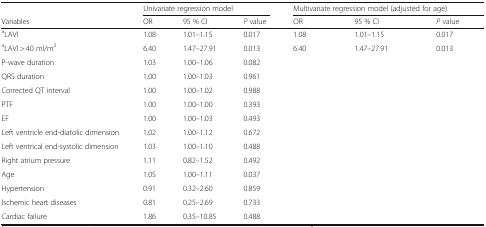
|  | <COLSPAN=3> Univariate regression model | <COLSPAN=3> Multivariate regression model (adjusted for age) |
 | Variables | OR | 95 % CI | P value | OR | 95 % CI | P value |
 | --- | --- | --- | --- | --- | --- | --- |
 | aLAVI | 1.08 | 1.01–1.15 | 0.017 | 1.08 | 1.01–1.15 | 0.017 |
 | aLAVI > 40 ml/m2 | 6.40 | 1.47–27.91 | 0.013 | 6.40 | 1.47–27.91 | 0.013 |
 | P-wave duration | 1.03 | 1.00–1.06 | 0.082 |  |  |  |
 | QRS duration | 1.00 | 1.00–1.03 | 0.961 |  |  |  |
 | Corrected QT interval | 1.00 | 1.00–1.02 | 0.988 |  |  |  |
 | PTF | 1.00 | 1.00–1.00 | 0.393 |  |  |  |
 | EF | 1.00 | 1.00–1.03 | 0.493 |  |  |  |
 | Left ventricle end-diatolic dimension | 1.02 | 1.00–1.12 | 0.672 |  |  |  |
 | Left ventrical end-systolic dimension | 1.03 | 1.00–1.10 | 0.488 |  |  |  |
 | Right atrium pressure | 1.11 | 0.82–1.52 | 0.492 |  |  |  |
 | Age | 1.05 | 1.00–1.11 | 0.037 |  |  |  |
 | Hypertension | 0.91 | 0.32–2.60 | 0.859 |  |  |  |
 | Ischemic heart diseases | 0.81 | 0.25–2.69 | 0.733 |  |  |  |
 | Cardiac failure | 1.86 | 0.35–10.85 | 0.488 |  |  |  |